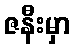
ဇနီးမှာ